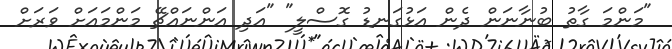
"މަންމަ ގާތު ބުނާނަން ދެން އަޅުގަނޑު ގޮސްލީ" "އަދި އަންނައްޗޭ މަންމައަށް ވަރަށް